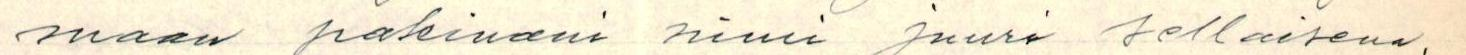
maan pakinani nimi juuri sellaisena,